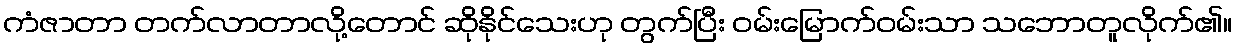
ကံဇာတာ တက်လာတာလို့တောင် ဆိုနိုင်သေးဟု တွက်ပြီး ဝမ်းမြောက်ဝမ်းသာ သဘောတူလိုက်၏။